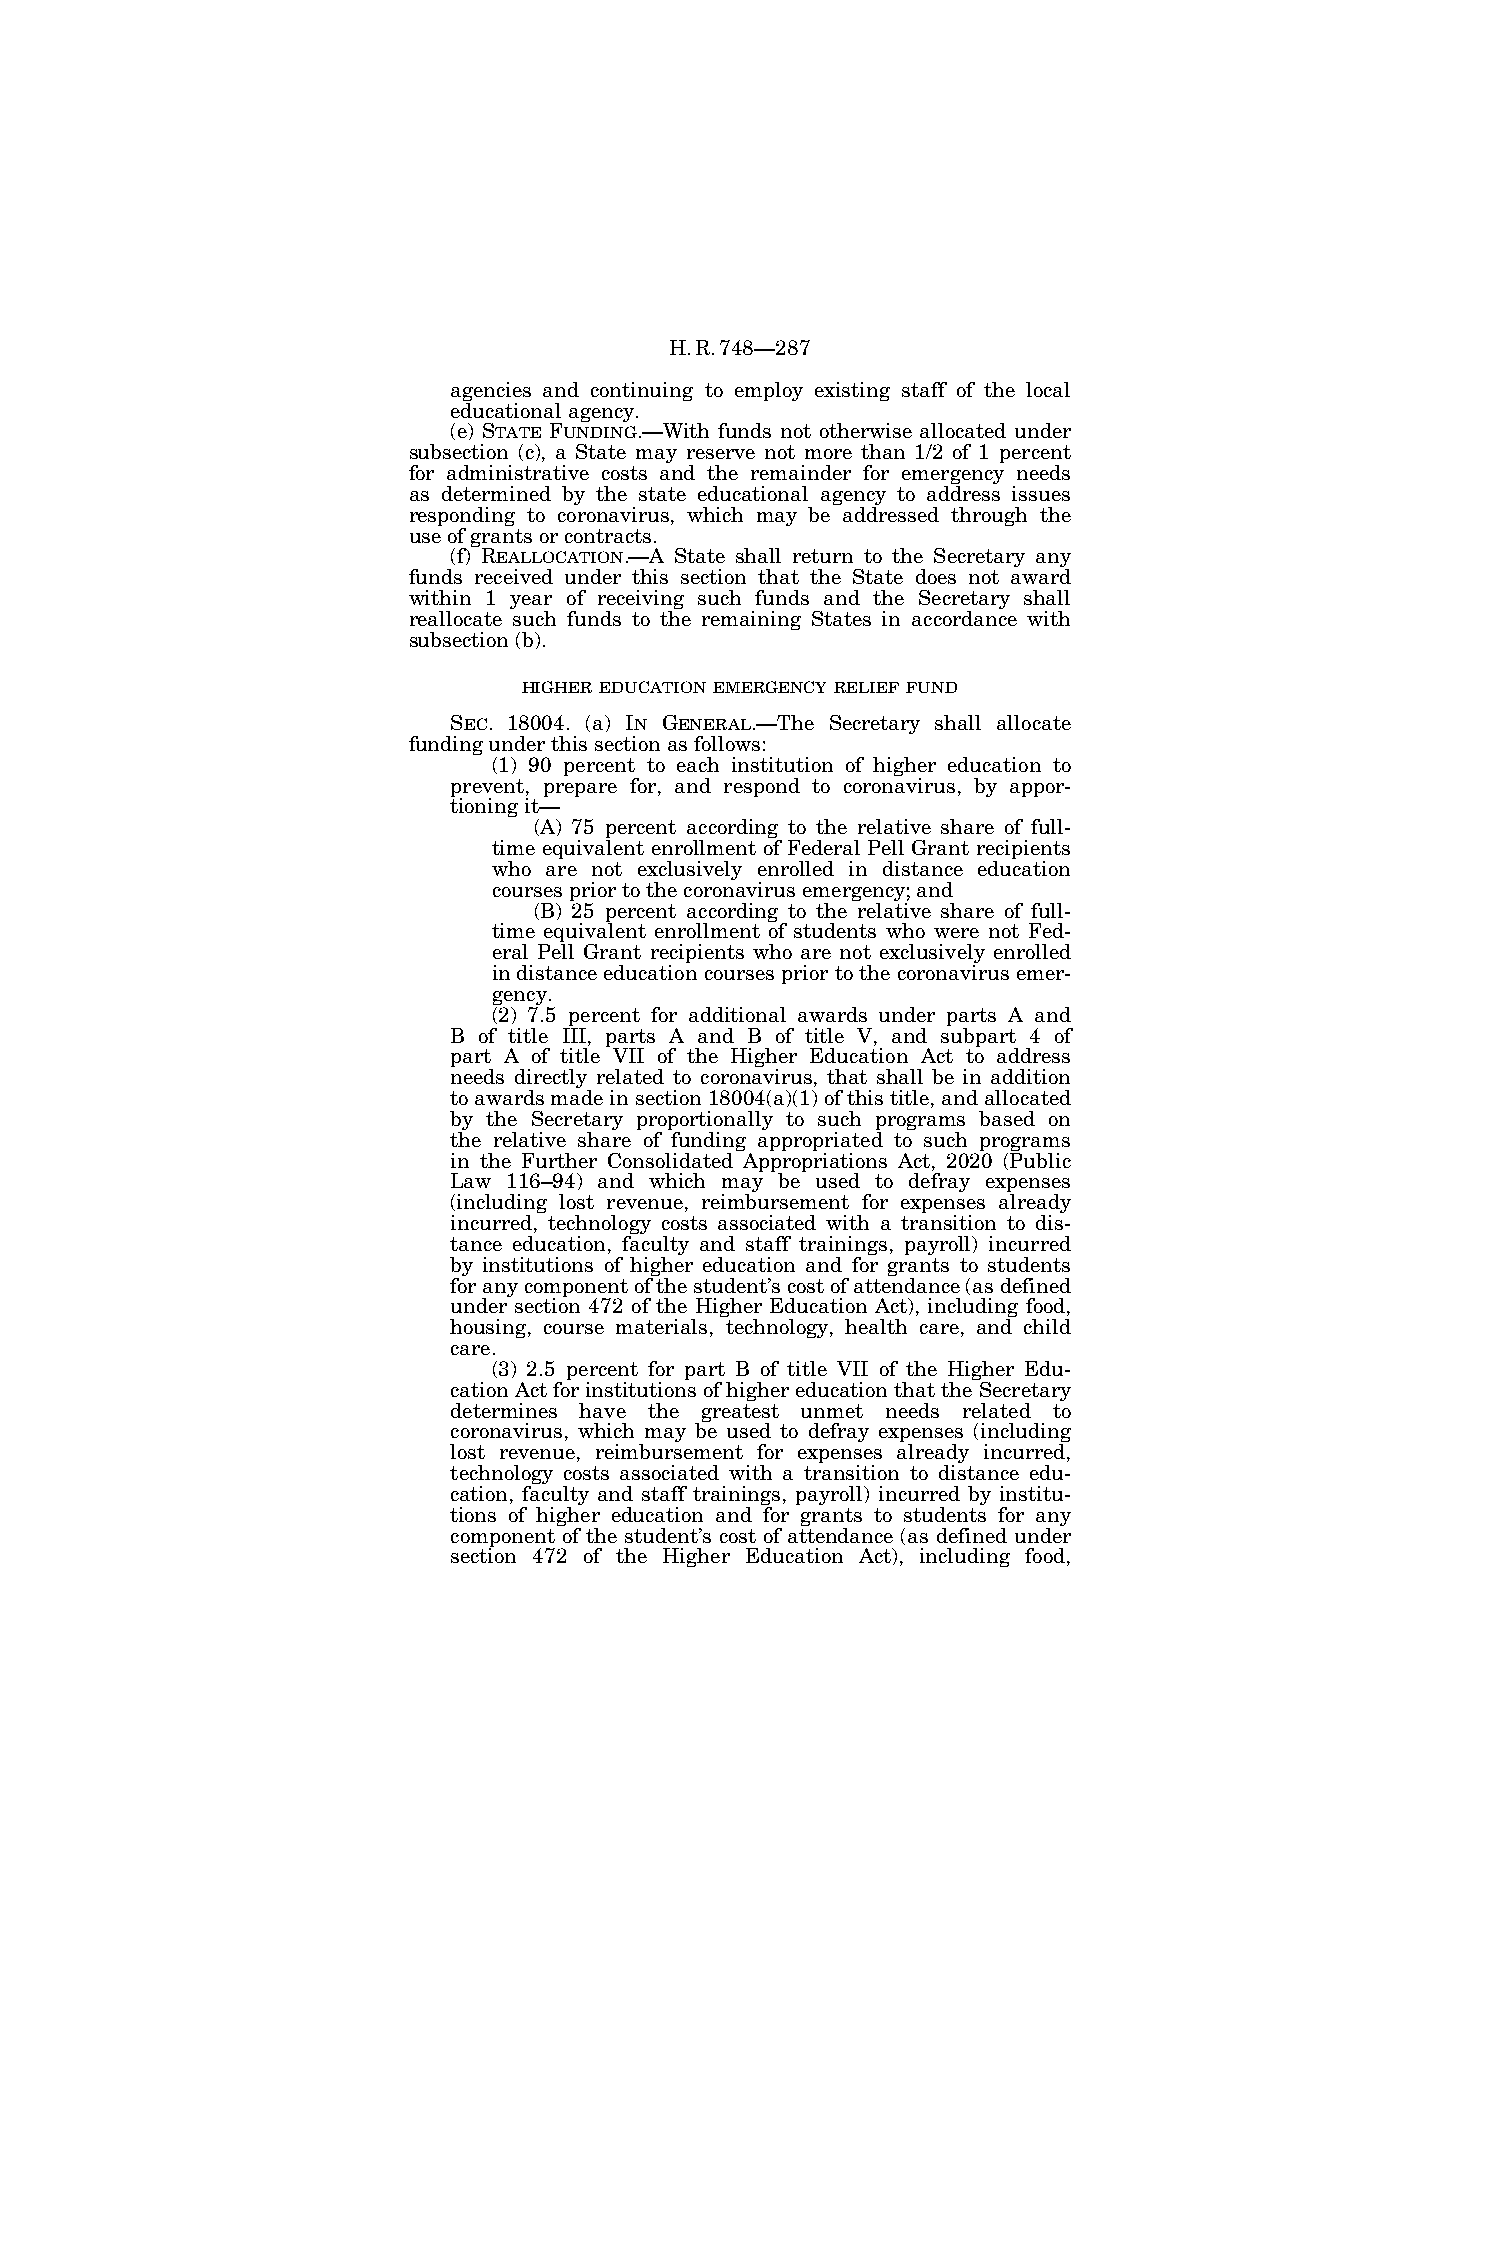
H.R.748—287
 agencies and continuing to employ existing staff of the local
 educational agency.
 (e) STATE FUNDING.—With funds not otherwise allocated under
 subsection (c), a State may reserve not more than 1/2 of 1 percent
 for administrative costs and the remainder for emergency needs
 as determined by the state educational agency to address issues
 responding to coronavirus, which may be addressed through the
 use of grants or contracts.
 (f) REALLOCATION.—A State shall return to the Secretary any
 funds received under this section that the State does not award
 within 1 year of receiving such funds and the Secretary shall
 reallocate such funds to the remaining States in accordance with
 subsection (b).
 HIGHER EDUCATION EMERGENCY RELIEF FUND
 SEC. 18004. (a) IN GENERAL.—The Secretary shall allocate
 funding under this section as follows:
 (1) 90 percent to each institution of higher education to
 prevent, prepare for, and respond to coronavirus, by appor-
 tioning it—
 (A) 75 percent according to the relative share of full-
 time equivalent enrollment of Federal Pell Grant recipients
 who are not exclusively enrolled in distance education
 courses prior to the coronavirus emergency; and
 (B) 25 percent according to the relative share of full-
 time equivalent enrollment of students who were not Fed-
 eral Pell Grant recipients who are not exclusively enrolled
 in distance education courses prior to the coronavirus emer-
 gency.
 (2) 7.5 percent for additional awards under parts A and
 B of title III, parts A and B of title V, and subpart 4 of
 part A of title VII of the Higher Education Act to address
 needs directly related to coronavirus, that shall be in addition
 to awards made in section 18004(a)(1) of this title, and allocated
 by the Secretary proportionally to such programs based on
 the relative share of funding appropriated to such programs
 in the Further Consolidated Appropriations Act, 2020 (Public
 Law 116–94) and which may be used to defray expenses
 (including lost revenue, reimbursement for expenses already
 incurred, technology costs associated with a transition to dis-
 tance education, faculty and staff trainings, payroll) incurred
 by institutions of higher education and for grants to students
 for any component of the student’s cost of attendance (as defined
 under section 472 of the Higher Education Act), including food,
 housing, course materials, technology, health care, and child
 care.
 (3) 2.5 percent for part B of title VII of the Higher Edu-
 cation Act for institutions of higher education that the Secretary
 determines have the greatest unmet needs related to
 coronavirus, which may be used to defray expenses (including
 lost revenue, reimbursement for expenses already incurred,
 technology costs associated with a transition to distance edu-
 cation, faculty and staff trainings, payroll) incurred by institu-
 tions of higher education and for grants to students for any
 component of the student’s cost of attendance (as defined under
 section 472 of the Higher Education Act), including food,